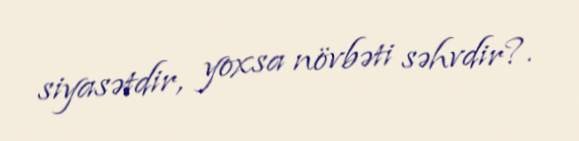
siyasətdir, yoxsa növbəti səhvdir?.